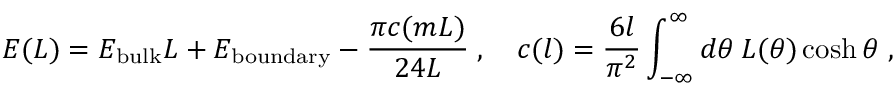
E ( L ) = E _ { \mathrm { b u l k } } L + E _ { \mathrm { b o u n d a r y } } - \frac { \pi c ( m L ) } { 2 4 L } \; , \quad c ( l ) = \frac { 6 l } { \pi ^ { 2 } } \int _ { - \infty } ^ { \infty } d \theta \: L ( \theta ) \cosh \theta \ ,